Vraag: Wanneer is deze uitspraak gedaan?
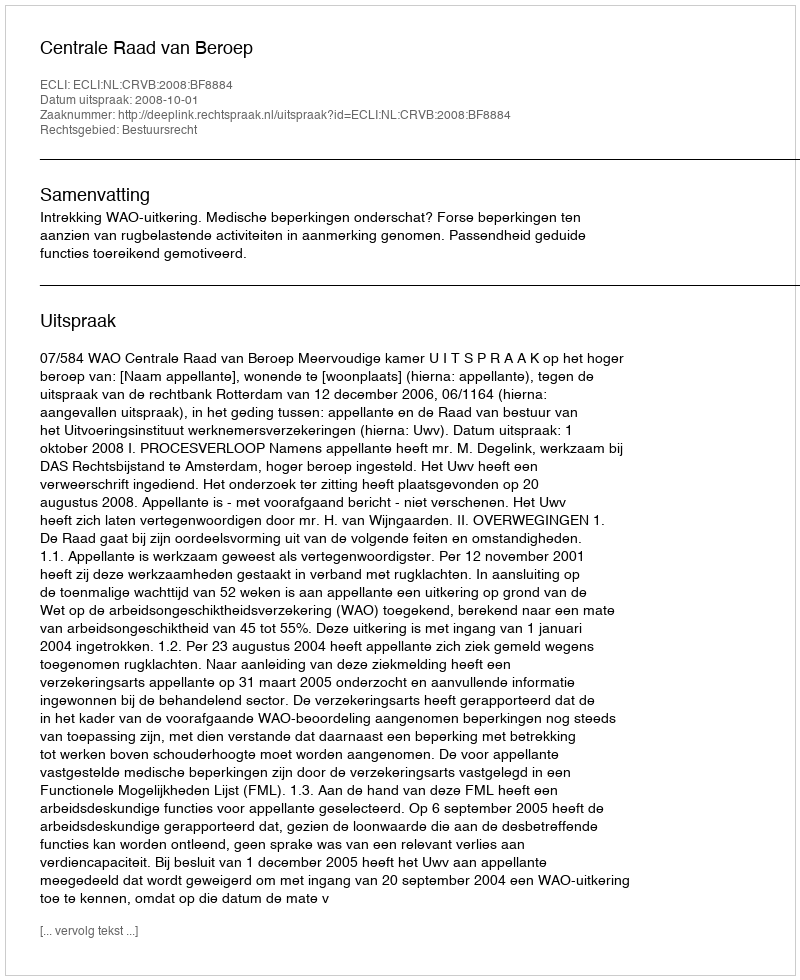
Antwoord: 2008-10-01